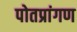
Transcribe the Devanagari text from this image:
पोतप्रांगण